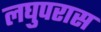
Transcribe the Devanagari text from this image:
लघुपरास